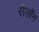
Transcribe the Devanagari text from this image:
रोलॉन